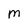
Character: M